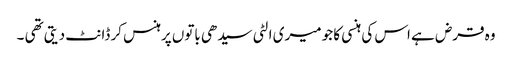
وہ قرض ہے اس کی ہنسی کا جو میری الٹی سیدھی باتوں پرہنس کر ڈانٹ دیتی تھی ۔